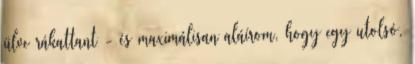
ülve rákattant - és maximálisan aláírom, hogy egy utolsó,